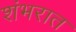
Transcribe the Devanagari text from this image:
शंभरात